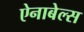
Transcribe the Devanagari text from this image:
ऐनाबेल्स